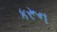
કરૂન